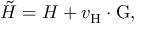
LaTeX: \tilde { \cal H } = { \cal H } + v _ { \mathrm { H } } \cdot \mathrm { G } ,